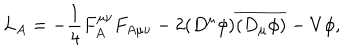
L _ { A } = - \frac 1 4 F _ { A } ^ { \mu \nu } F _ { A \mu \nu } - 2 ( D ^ { \mu } \phi ) \overline { { { ( D _ { \mu } \phi ) } } } - V { \phi } ,